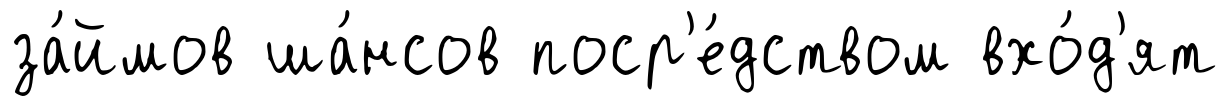
за́ймов ша́нсов поср'е́дством вхо́д'ят